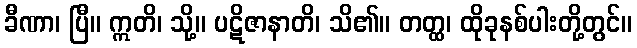
ခီဏာ၊ ပြီ။ ဣတိ၊ သို့။ ပဋိဇာနာတိ၊ သိ၏။ တတ္ထ၊ ထိုခုနစ်ပါးတို့တွင်။